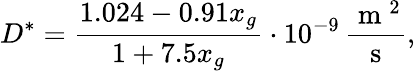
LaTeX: D^{*}=\frac{1.024-0.91x_{g}}{1+7.5x_{g}}\cdot 10^{-9}\, \frac{\mathrm{~m~}^{2}}{\mathrm{~s~}},